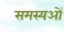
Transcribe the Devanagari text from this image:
समस्यओं